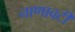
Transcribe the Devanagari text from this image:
नाणावटी